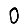
Digit: 0